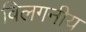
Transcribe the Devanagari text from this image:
विलगनीय